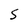
Character: S